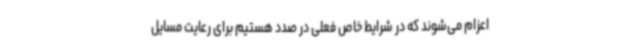
اعزام می‌شوند که در شرایط خاص فعلی در صدد هستیم برای رعایت مسایل